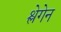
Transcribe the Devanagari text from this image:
श्लेगेन